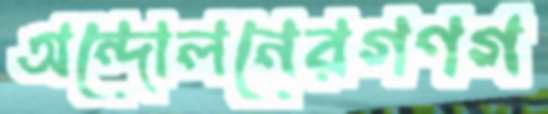
অন্দোলনেরগণগ